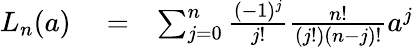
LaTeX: \begin{array}{rlr}{L_{n}(a)}&{{}=}&{\sum_{j=0}^{n}\frac{(-1)^{j}}{j!}\frac{n!}{(j!)(n-j)!}a^{j}}\end{array}